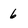
Character: 6